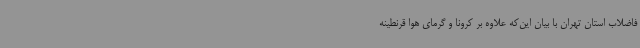
فاضلاب استان تهران با بیان این‌که علاوه بر کرونا و گرمای هوا قرنطینه